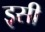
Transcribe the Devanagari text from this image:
इृसी